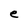
Character: e